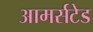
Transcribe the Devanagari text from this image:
आमर्सटेड